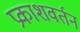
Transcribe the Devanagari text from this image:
प्रकाशवर्तन